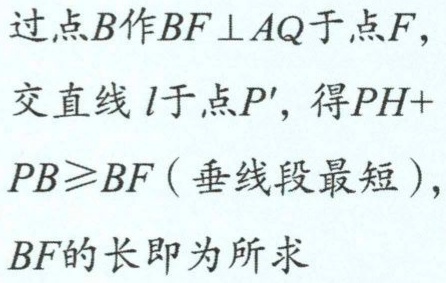
过点\(B\)作\(BF\perp AQ\)于点\(F\)，

交直线\(l\)于点\(P'\)，得\(PH + PB\geqslant BF\)（垂线段最短），

\(BF\)的长即为所求